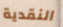
النقدية